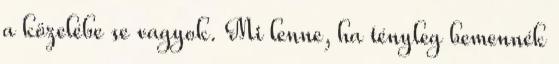
a közelébe se vagyok. Mi lenne, ha tényleg bemennék